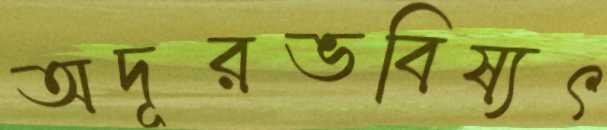
অদূরভবিষ্যৎ